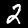
Digit: 2